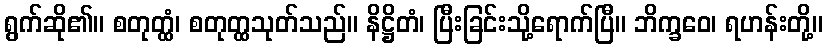
ရွက်ဆို၏။ စတုတ္ထံ၊ စတုတ္ထသုတ်သည်။ နိဋ္ဌိတံ၊ ပြီးခြင်းသို့ရောက်ပြီ။ ဘိက္ခဝေ၊ ရဟန်းတို့။